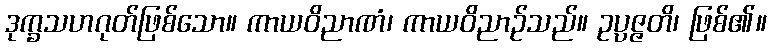
ဒုက္ခသဟဂုတ်ဖြစ်သော။ ကာယဝိညာဏံ၊ ကာယဝိညာဉ်သည်။ ဥပ္ပဇ္ဇတိ၊ ဖြစ်၏။